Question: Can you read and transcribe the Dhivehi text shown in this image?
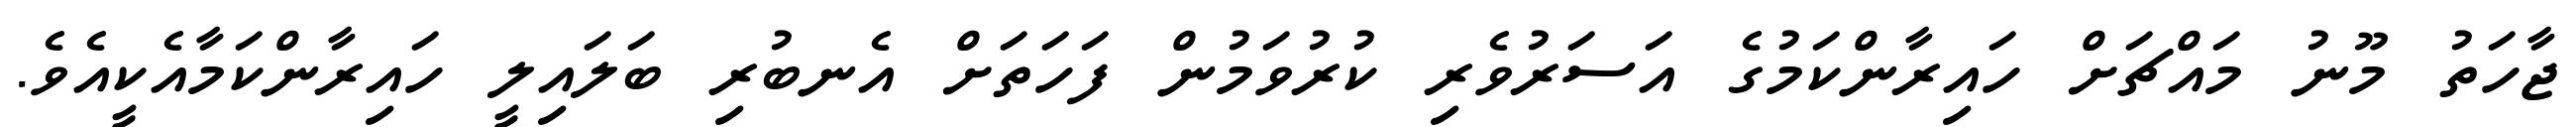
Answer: ޖާހަތު މޫނު މައްޗަށް ހައިރާންކަމުގެ އަސަރުވެރި ކުރުވަމުން ފަހަތަށް އެނބުރި ބަލައިލީ ހައިރާންކަމާއެކީއެވެ.